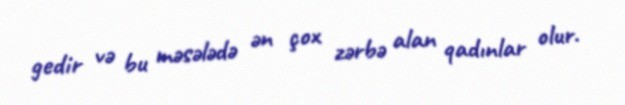
gedir və bu məsələdə ən çox zərbə alan qadınlar olur.